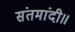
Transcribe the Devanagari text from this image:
संतमांदी॥